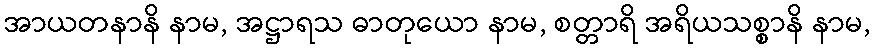
အာယတနာနိ နာမ, အဋ္ဌာရသ ဓာတုယော နာမ, စတ္တာရိ အရိယသစ္စာနိ နာမ,